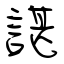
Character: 諶